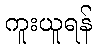
ကူးယူရန်